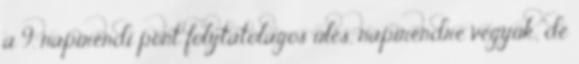
a 9. napirendi pont folytatólagos ülés, napirendre vegyük, de